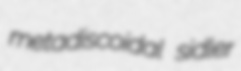
metadiscoidal sidler